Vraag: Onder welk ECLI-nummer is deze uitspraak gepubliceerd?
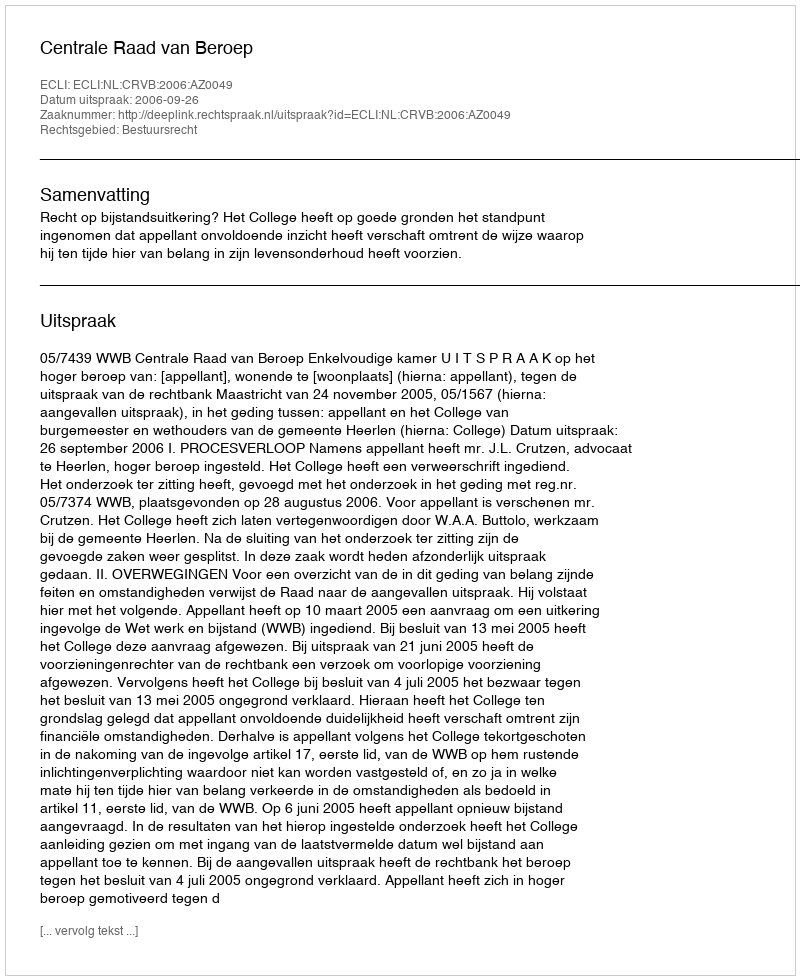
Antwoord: ECLI:NL:CRVB:2006:AZ0049